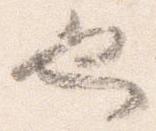
也